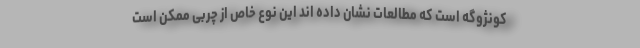
کونژوگه است که مطالعات نشان داده اند این نوع خاص از چربی ممکن است